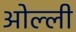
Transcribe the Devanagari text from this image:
ओल्ली